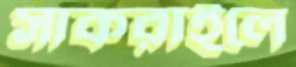
সাকরাইলে